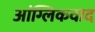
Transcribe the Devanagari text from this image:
आंग्लिकवाद